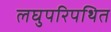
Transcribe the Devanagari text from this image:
लघुपरिपथित